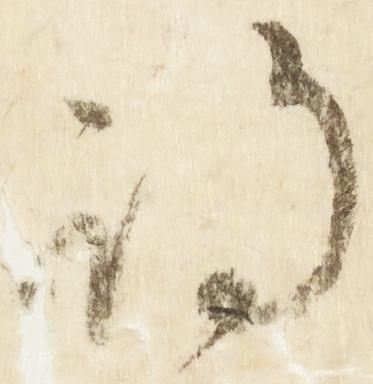
期